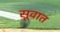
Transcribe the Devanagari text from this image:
सूवात